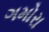
ગમોરા